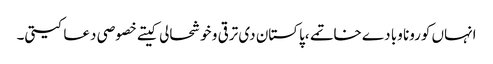
انہاں کورونا وبا دے خاتمے ،پاکستان دی ترقی و خوشحالی کیتے خصوصی دعا کیتی۔